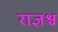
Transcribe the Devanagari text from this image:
राज्ञश्च